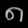
Digit: ၈